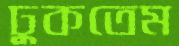
ঢুকতেম